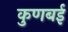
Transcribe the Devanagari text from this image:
कुणबई